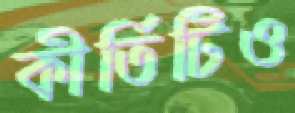
কীর্তিটিও